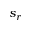
s _ { r }